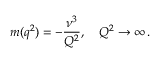
m ( q ^ { 2 } ) = - \frac { \nu ^ { 3 } } { Q ^ { 2 } } , \quad Q ^ { 2 } \to \infty \, .